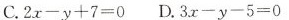
C.$$2 x - y + 7 = 0$$ D.$$3 x - y - 5 = 0$$